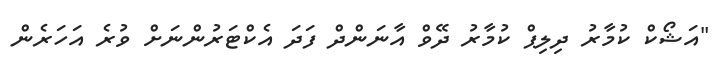
"އަޝޯކް ކުމާރު ދިލިޕް ކުމާރު ދޭވް އާނަންދް ފަދަ އެކްޓަރުންނަށް ވުރެ އަހަރެން